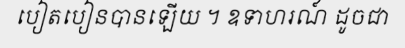
បៀតបៀនបានឡើយ ។ ឧទាហរណ៍ ដូចជា